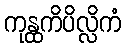
ကုန္ထကိပိလ္လိကံ